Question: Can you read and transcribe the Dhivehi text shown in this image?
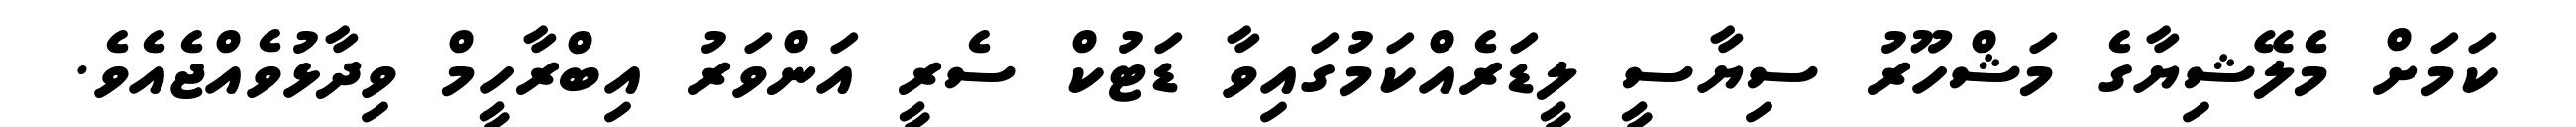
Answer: ކަމަށް މެލޭޝިޔާގެ މަޝްހޫރު ސިޔާސީ ލީޑަރެއްކަމުގައިވާ ޑަޓުކް ސެރީ އަންވަރު އިބްރާހީމް ވިދާޅުވެއްޖެއެވެ.